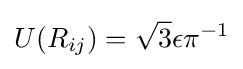
U(R_{ij})={\sqrt {3}}\epsilon \pi ^{-1}